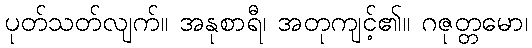
ပုတ်သတ်လျက်။ အနုစာရီ၊ အတုကျင့်၏။ ဂဇုတ္တမော၊